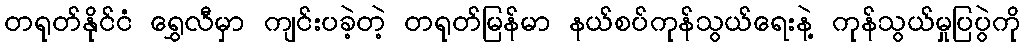
တရုတ်နိုင်ငံ ရွှေလီမှာ ကျင်းပခဲ့တဲ့ တရုတ်မြန်မာ နယ်စပ်ကုန်သွယ်ရေးနဲ့ ကုန်သွယ်မှုပြပွဲကို